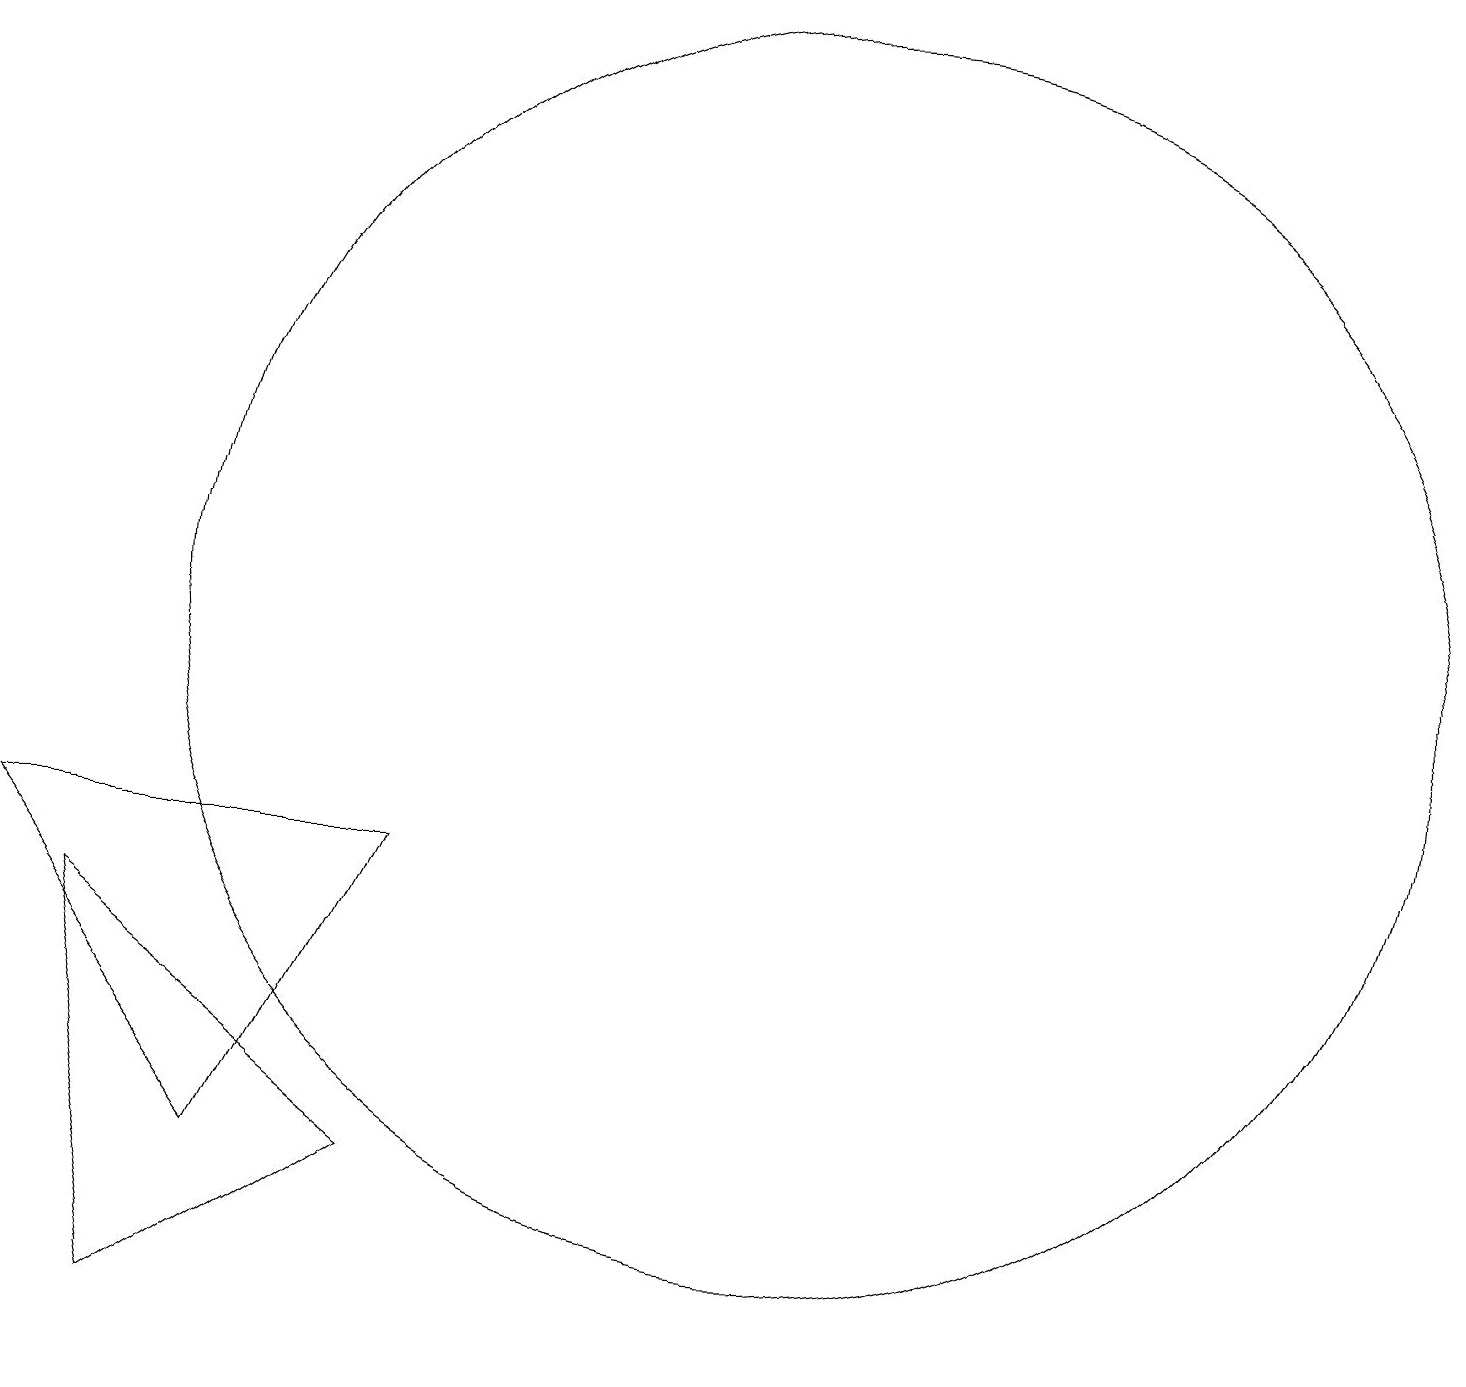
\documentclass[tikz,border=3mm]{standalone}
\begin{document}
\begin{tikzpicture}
\draw (12,10) circle (8);
\draw (3,6) -- (4,1) -- (7,3) -- cycle;
\draw (5,3) -- (2,7) -- (7,7) -- cycle;
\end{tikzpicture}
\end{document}